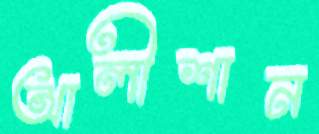
আলীশান